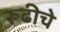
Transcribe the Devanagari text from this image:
रूढीचे